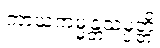
ကာယကမ္မန္တသမ္ပတ္တိ